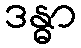
ဒန္ဓာ